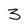
Character: 3